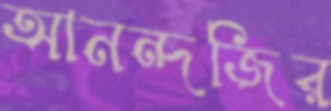
আনন্দজির